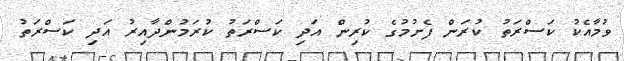
ވުމާއެކު ކަސްރަތު ކުރަން ފެށުމުގެ ކުރިން އަދި ކަސްރަތު ކުރަމުންދާއިރު އަދި ކަސްރަތު